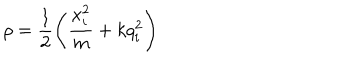
\rho = \frac { 1 } { 2 } \left( \frac { x _ { i } ^ { 2 } } { m } + k q _ { i } ^ { 2 } \right)